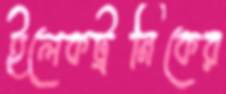
ইলেকট্রনিকের